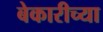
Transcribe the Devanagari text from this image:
बेकारीच्या